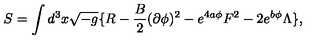
S = \int d ^ { 3 } x \sqrt { - g } \{ R - { \frac { B } { 2 } } ( \partial \phi ) ^ { 2 } - e ^ { 4 a \phi } F ^ { 2 } - 2 e ^ { b \phi } \Lambda \} ,